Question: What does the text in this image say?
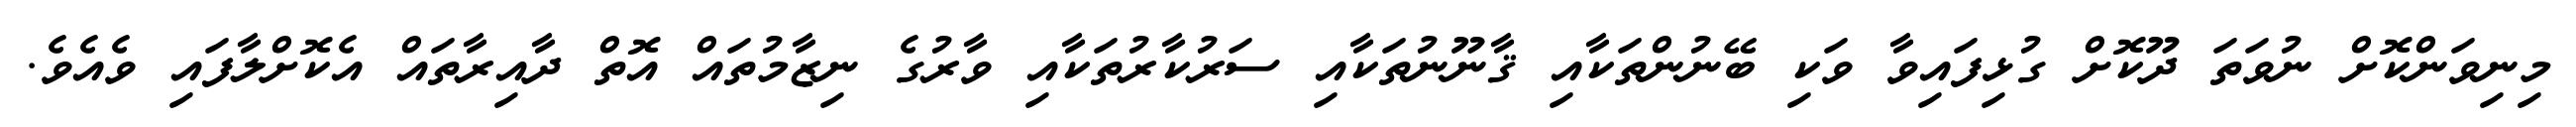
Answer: މިނިވަންކޮށް ނުވަތަ ދޫކޮށް ގުޅިފައިވާ ވަކި ބޭނުންތަކާއި ޤާނޫނުތަކާއި ސަރުކާރުތަކާއި ވާރުގެ ނިޒާމުތައް އޮތް ދާއިރާތައް އެކޮށްލާފައި ވެއެވެ.